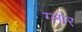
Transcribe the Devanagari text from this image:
ग्लोर